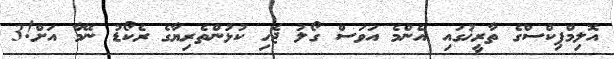
އޮލިމްޕިކްސްގެ ތާރީޚުގައި އެންމެ އަވަސް ގޯލު ޖެހި ކުޅުންތެރިޔާގެ ރެކޯޑު ނޭމާ އަށް!3